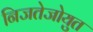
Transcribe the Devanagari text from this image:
निजतेजोयुत